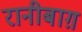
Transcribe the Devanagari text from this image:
रानीबाग़